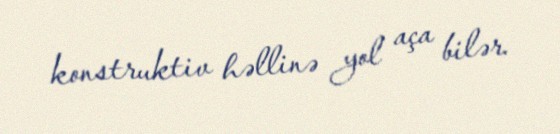
konstruktiv həllinə yol aça bilər.